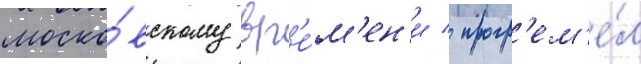
моско́вскому вр'е́м'ен'и / прогр'ем'е́л